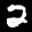
Label: 2